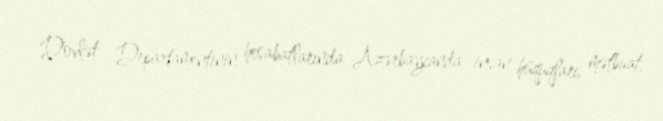
- Dövlət Departamentinin hesabatlarında Azərbaycanda insan hüquqları, mətbuat,